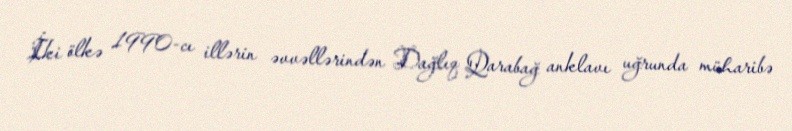
İki ölkə 1990-cı illərin əvvəllərindən Dağlıq Qarabağ anklavı uğrunda müharibə